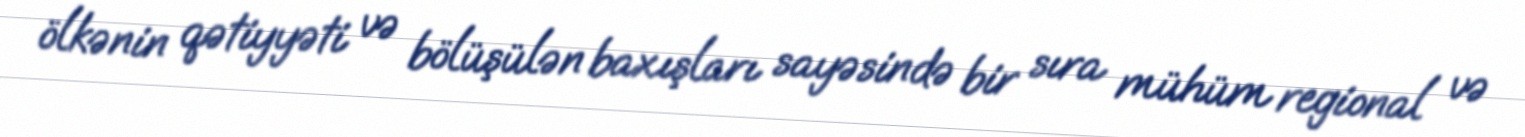
ölkənin qətiyyəti və bölüşülən baxışları sayəsində bir sıra mühüm regional və